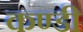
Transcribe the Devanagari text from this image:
कण्डी